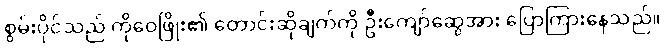
စွမ်းပိုင်သည် ကိုဝေဖြိုး၏ တောင်းဆိုချက်ကို ဦးကျော်ဆွေအား ပြောကြားနေသည်။